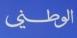
الوطني